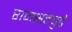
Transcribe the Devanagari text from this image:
राजसत्तेपुढे